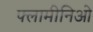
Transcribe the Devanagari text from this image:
फ्लामीनिओ